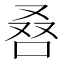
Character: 𠭀